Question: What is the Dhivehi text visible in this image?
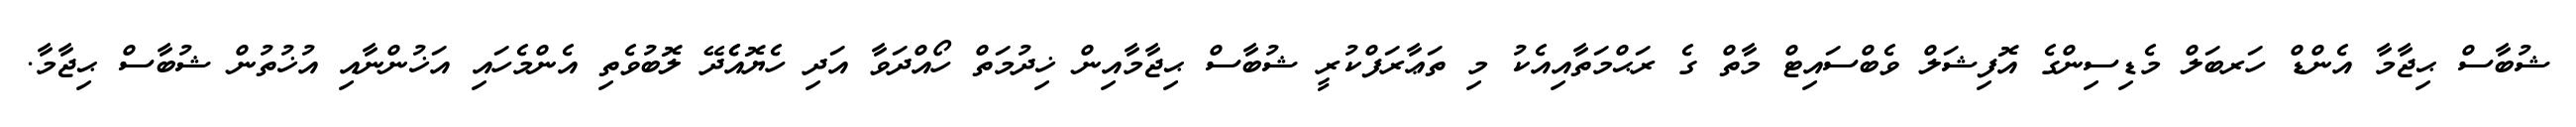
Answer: ޝުބާސް ޙިޖާމާ އެންޑް ހަރބަލް މެޑިސިންގެ އޮފިޝަލް ވެބްސައިޓް މާތް ގެ ރަޙްމަތާއިއެކު މި ތަޢާރަފްކުރީ ޝުބާސް ޙިޖާމާއިން ޚިދުމަތް ހޯއްދަވާ އަދި ހެޔޮއެެދޭ ލޮބުވެތި އެންމެހައި އަޚުންނާއި އުޚުތުން ޝުބާސް ޙިޖާމާ.